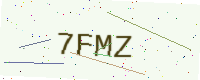
Text: 7FMZ